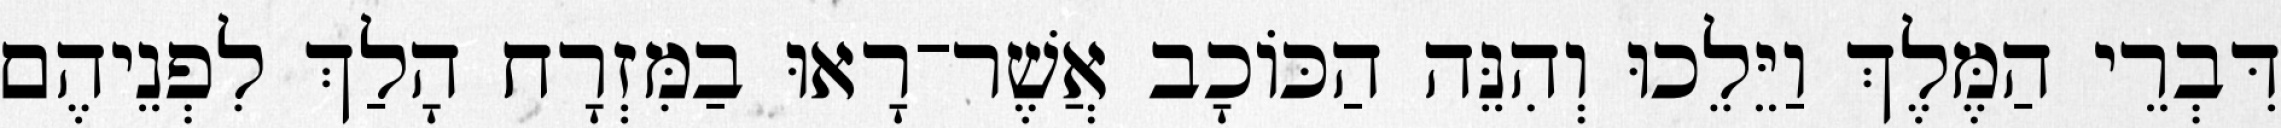
דִּבְרֵי הַמֶּלֶךְ וַיֵּלֵכוּ וְהִנֵּה הַכּוֹכָב אֲשֶׁר־רָאוּ בַמִּזְרָח הָלַךְ לִפְנֵיהֶם